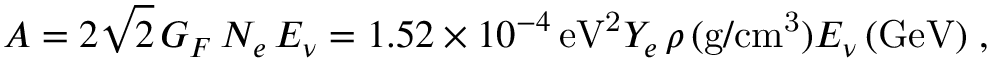
A = 2 \sqrt 2 \, G _ { F } \, N _ { e } \, E _ { \nu } = 1 . 5 2 \times 1 0 ^ { - 4 } \, \mathrm { e V ^ { 2 } } Y _ { e } \, \rho \, ( \mathrm { g / c m ^ { 3 } } ) E _ { \nu } \, ( \mathrm { G e V ) \; , }